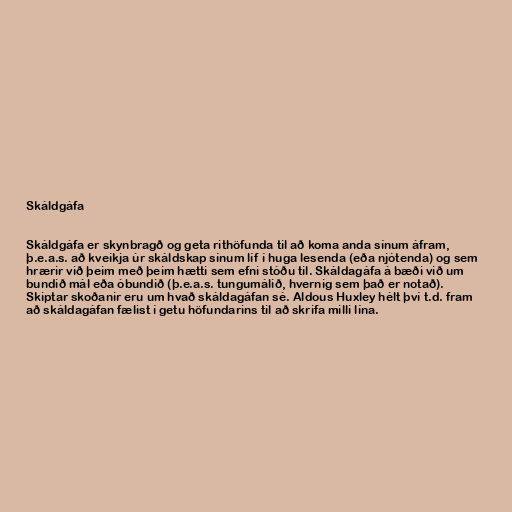
Skáldgáfa

Skáldgáfa er skynbragð og geta rithöfunda til að koma anda sínum áfram,
þ.e.a.s. að kveikja úr skáldskap sínum líf í huga lesenda (eða njótenda) og sem
hrærir við þeim með þeim hætti sem efni stóðu til. Skáldagáfa á bæði við um
bundið mál eða óbundið (þ.e.a.s. tungumálið, hvernig sem það er notað).
Skiptar skoðanir eru um hvað skáldagáfan sé. Aldous Huxley hélt því t.d. fram
að skáldagáfan fælist í getu höfundarins til að skrifa milli lína.